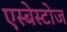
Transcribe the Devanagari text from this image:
एस्बेस्टोज